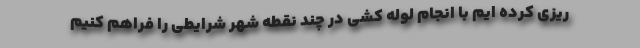
ریزی کرده ایم با انجام لوله کشی در چند نقطه شهر شرایطی را فراهم کنیم